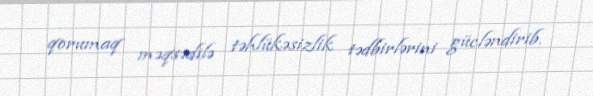
qorumaq məqsədilə təhlükəsizlik tədbirlərini gücləndirib.